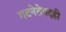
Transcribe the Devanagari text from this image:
गटनेतेपदही